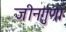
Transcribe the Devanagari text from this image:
जीनगुणों